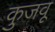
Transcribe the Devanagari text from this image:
कुजवू